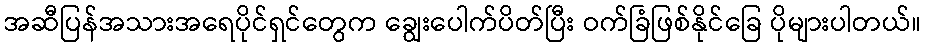
အဆီပြန်အသားအရေပိုင်ရှင်တွေက ချွေးပေါက်ပိတ်ပြီး ဝက်ခြံဖြစ်နိုင်ခြေ ပိုများပါတယ်။